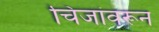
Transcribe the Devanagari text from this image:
चिजांवरून